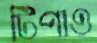
টিপাও